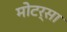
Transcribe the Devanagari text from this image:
मोटर्सा